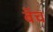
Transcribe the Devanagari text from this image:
बॅच